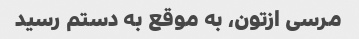
مرسی ازتون، به موقع به دستم رسید